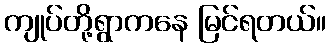
ကျုပ်တို့ရွာကနေ မြင်ရတယ်။